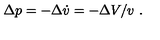
\Delta p = - \Delta \dot { v } = - \Delta V / v \ .